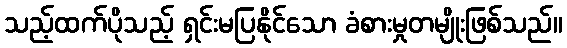
သည့်ထက်ပိုသည့် ရှင်းမပြနိုင်သော ခံစားမှုတမျိုးဖြစ်သည်။